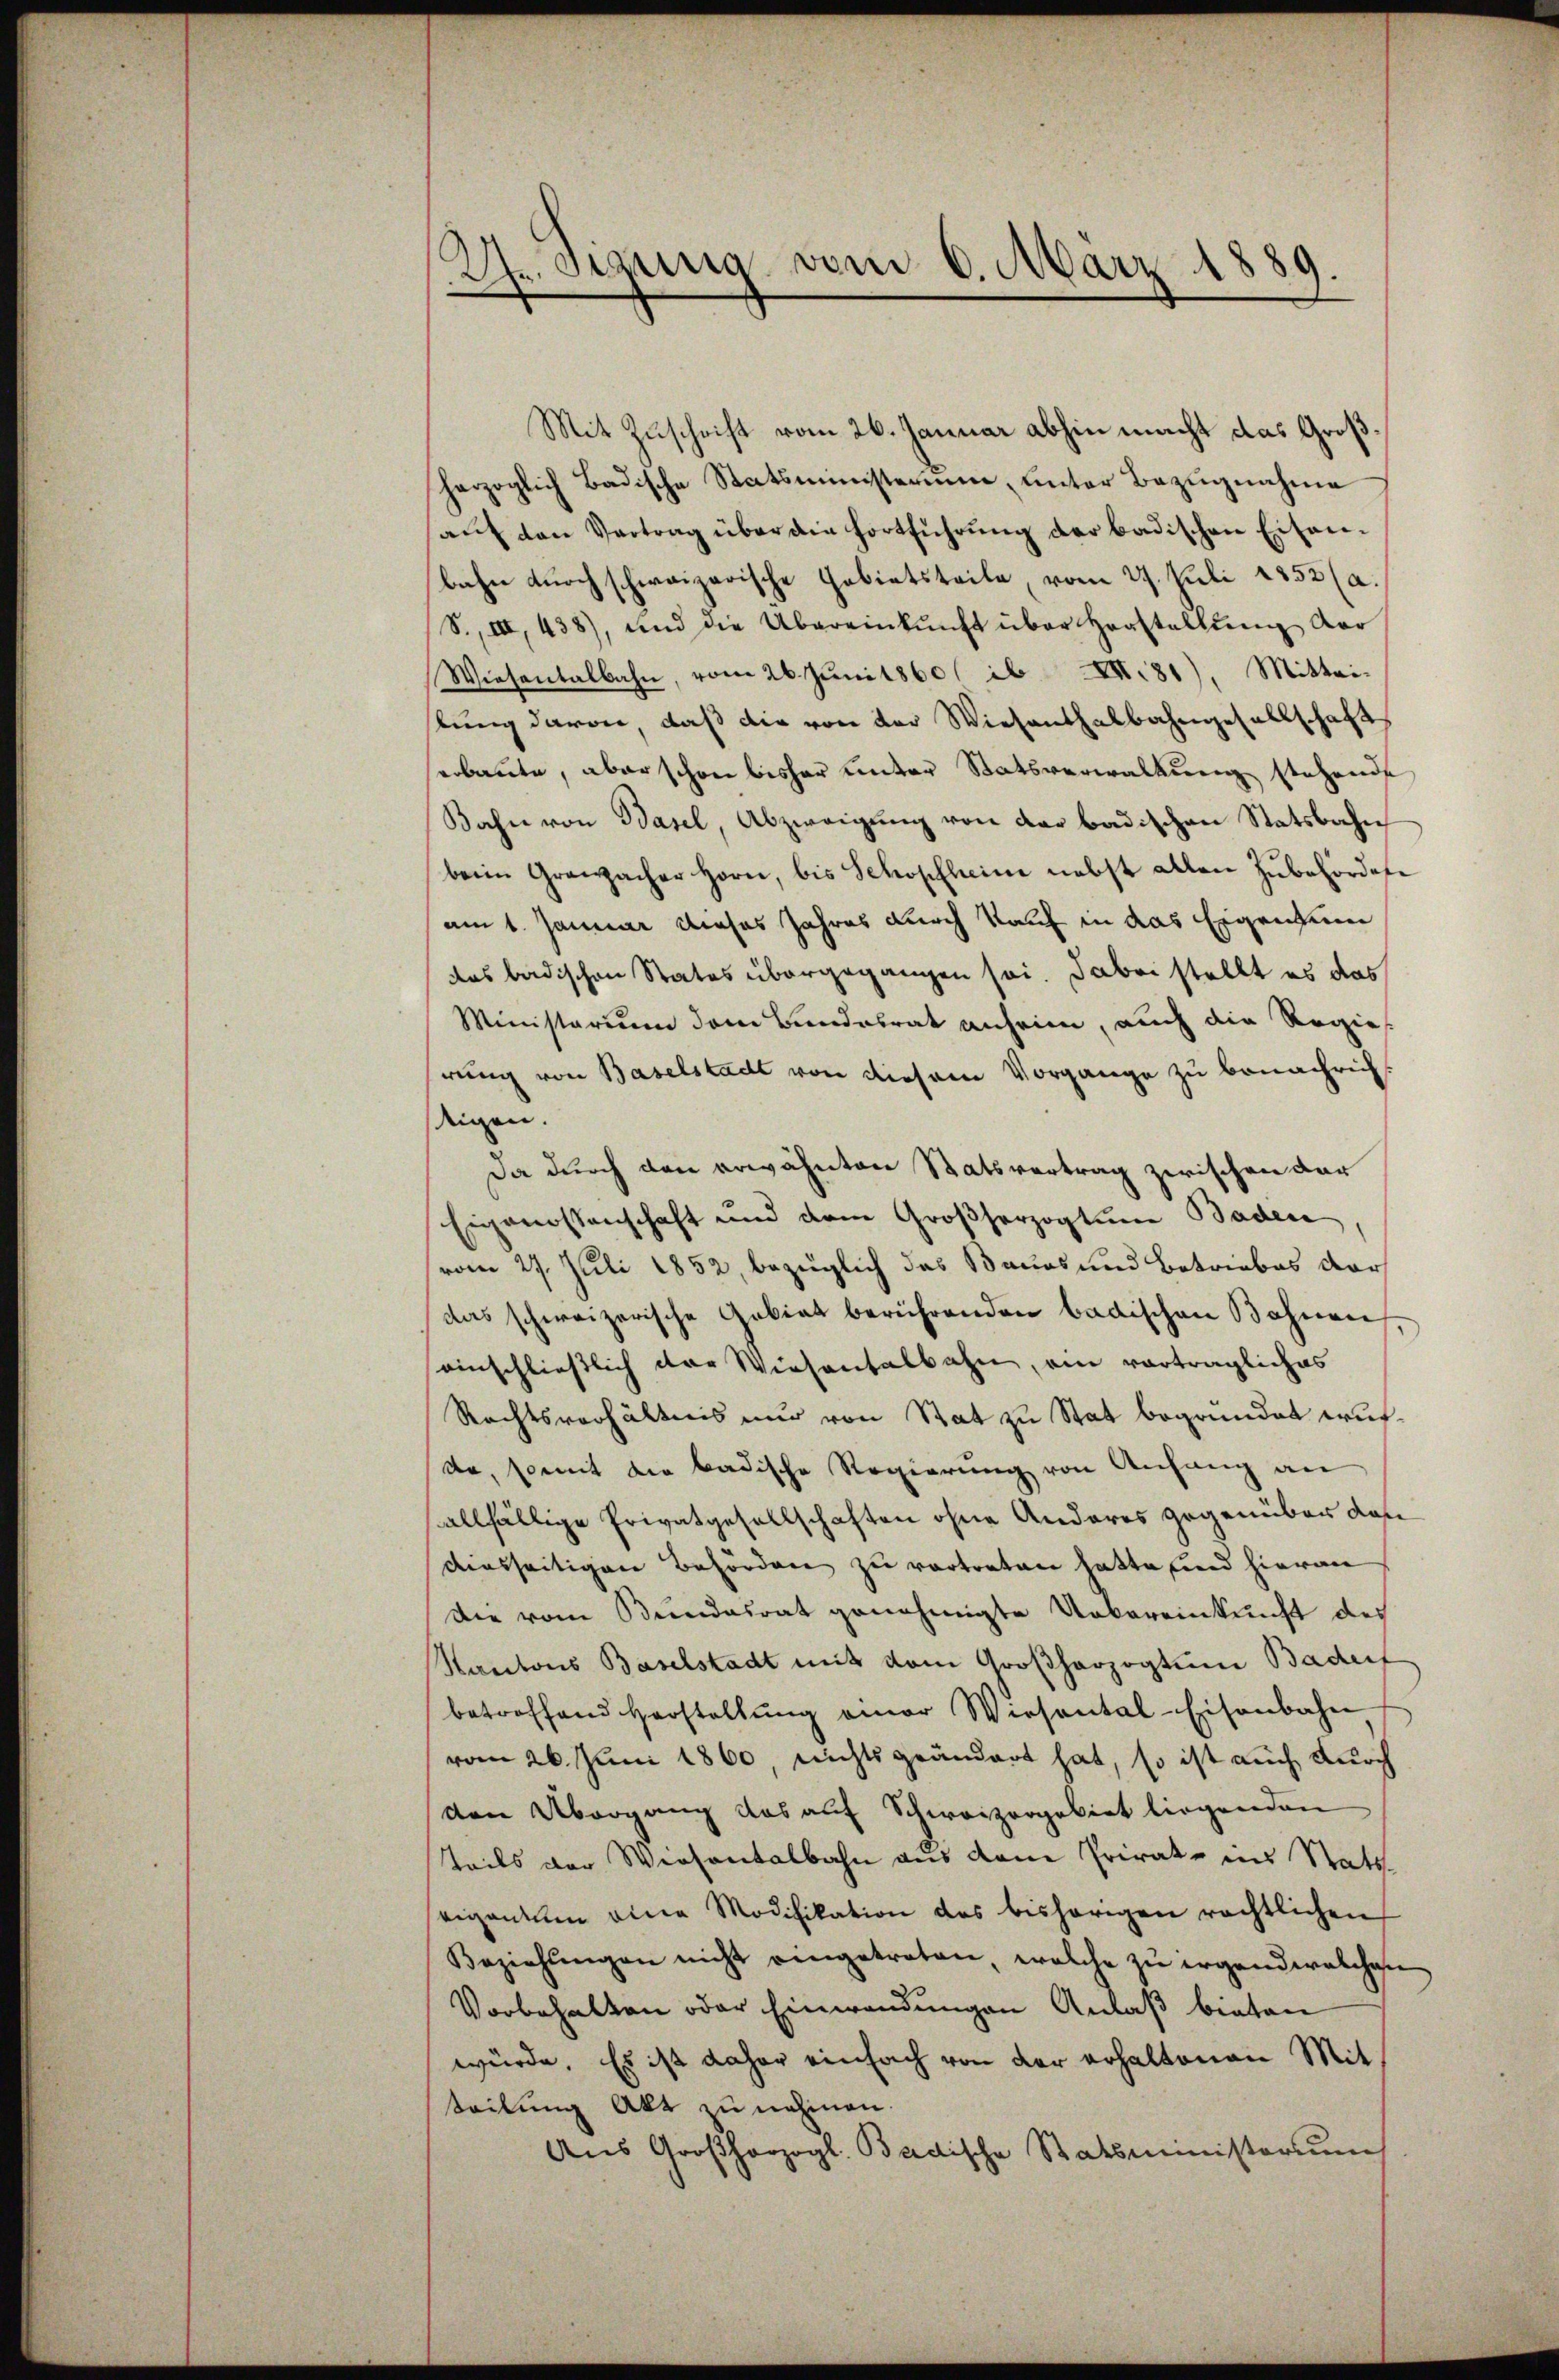
(hr. Sigung vom 6. März 1889.

Mit Zuschrift vom 26. Januar abhin macht das Großherzoglich Badische Statsministerium, unter Bezugnahme
aŭf den Vertrag über die Fortführung der badischen Eisenbahn durch schweizerische Gebietsteile, vom 27. Juli 1852 (a.
S., III 438), und die Übereinkunft über Horstellŭng der
Wiesentalbahn, vom 26. Juni 1860 / ib XXII 81). Mittei-
lung davon, daß die von der Wiesenthalbahngesellschafts
erbaute, aber schon bisher unter Statsverwaltung stehende
Bahn von Basel, Abzweigung von der badischen Statsbahn
beim Grauzacher Horn, bis Schopfheim nebst allen Zubehördere
am 1. Januar dieses Jahres durch Kauf in das Eigentum
das badischen States übergegangen sei. Dabei stellt es das
Ministerium dem Bundesrat anheim, auch die Regie-
rung von Baselstadt von diesem Vorgange zu benachrich
tigen.
Da durch den erwähnten Statsvertrag zwischen dar
Eigenossenschaft und dem Großherzogtum Baden
vom 27. Juli 1852, bezüglich das Baues und Betriebes der
das schweizerische Gebiet berührenden badischen Bahnen
einschließlich der Wiesentalbahn, ein vorträgliches
Rechtsverhältnis nur von Stat zu Stat begründet wurde, somit die badische Regierung von Anfang an
allfällige Privatgesellschaften ohne Anderes gegenüber dan
diesseitigen Behörden zu vertreten hatte und hieran
Die vom Bundesrat genehmigte Uebereinkunft des
Kantons Baselstadt mit dem Großherzogtum Badenf
betroffend Herstellŭng einer Wiesental-Eisenbahn
vom 26. Juni 1860 nichts geändert hat, so ist auch durch
den Übergang das auf Schweizergebiet liegenden
Teils der Wiesentalbahn aus den Private ins Statteigentum eine Modifikation des bisherigen rechtlichen
Beziehŭngen nicht eingetreten, welche zŭ irgendwelchen
Vorbehalten oder Einwendungen Anlaß bieten
würde. Es ist daher einfach von der erhaltenen Mit
teilung Akt zu nehmen.
Aus Großherzogl. Badische Statsministerim